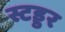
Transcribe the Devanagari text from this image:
स्टड्डर